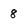
Character: 8